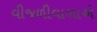
વીજળીવાળાએ